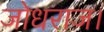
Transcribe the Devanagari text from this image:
जोधराज।